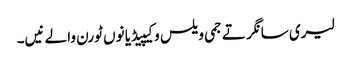
لیری سانگر تے جمی ویلس وکیپیڈیا نوں ٹورن والے نیں۔